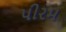
પીરમ